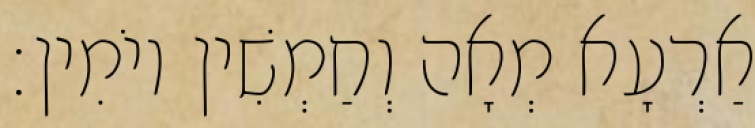
אַרְעָא מְאָה וְחַמְשִׁין יוֹמִין׃